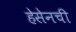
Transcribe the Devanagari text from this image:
हेसेनची